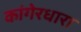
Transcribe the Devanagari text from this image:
कांगेरधारा